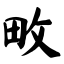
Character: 畋